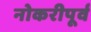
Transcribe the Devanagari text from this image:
नोकरीपूर्व